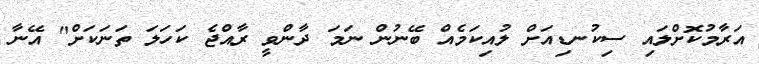
އަރާމުކޮށްލައި ސިކުނޑިއަށް ލުއިކަމެއް ބޭނުން ނަމަ ދާންވީ ރާއްޖެ ކަހަލަ ތަނަކަށް" އޭނާ